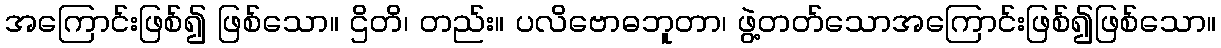
အကြောင်းဖြစ်၍ ဖြစ်သော။ ဌိတိ၊ တည်း။ ပလိဗောဓဘူတာ၊ ဖွဲ့တတ်သောအကြောင်းဖြစ်၍ဖြစ်သော။